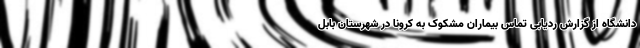
دانشگاه از گزارش ردیابی تماس بیماران مشکوک به کرونا در شهرستان بابل